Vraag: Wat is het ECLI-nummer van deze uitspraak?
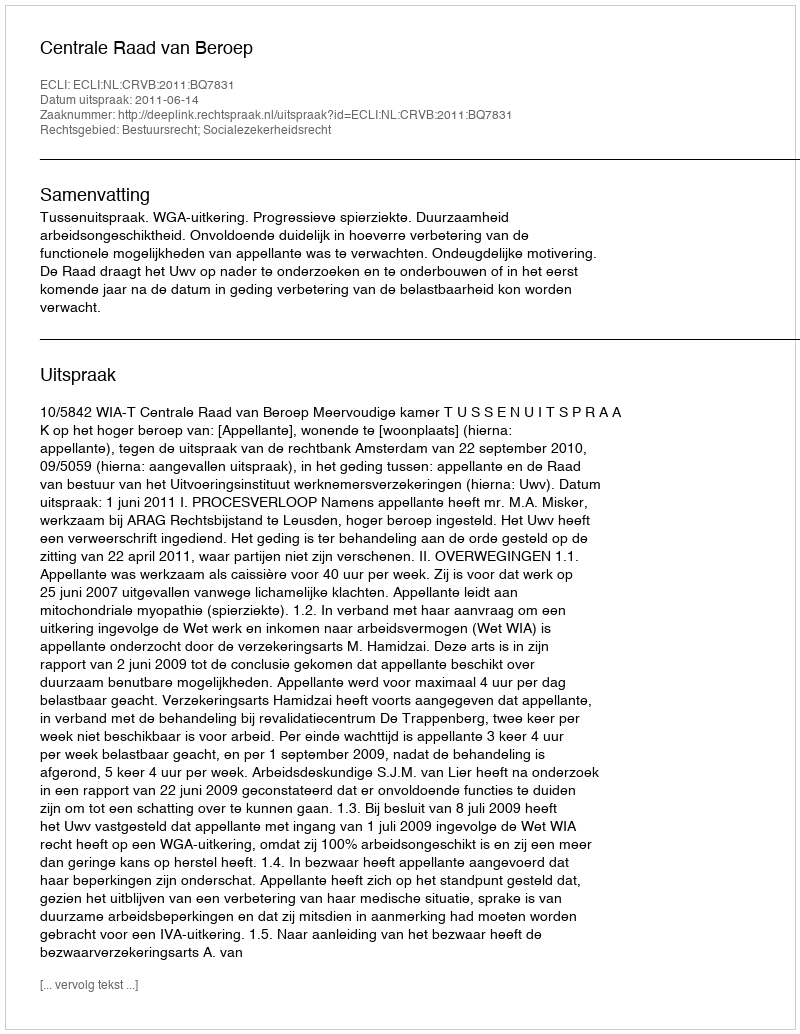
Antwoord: ECLI:NL:CRVB:2011:BQ7831